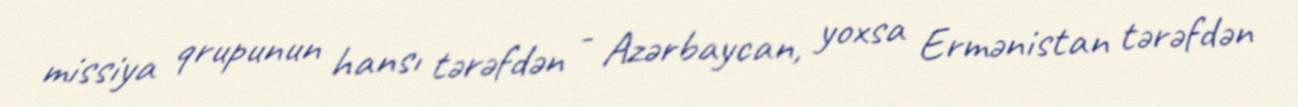
missiya qrupunun hansı tərəfdən - Azərbaycan, yoxsa Ermənistan tərəfdən